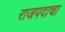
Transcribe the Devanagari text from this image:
राजपदाचा